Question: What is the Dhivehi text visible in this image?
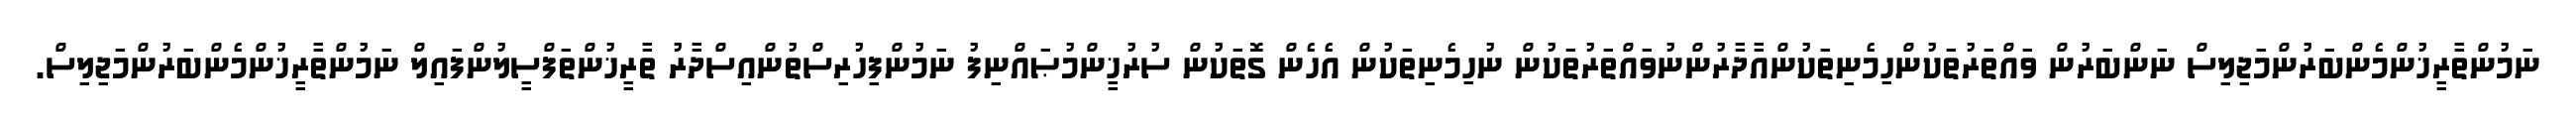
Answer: ނަމުންތާރީޚުންމެންބަރުންމަޖިލިސް ނަންބަރުން ވައްތަރުތަކުންހިމެނިތަކުންއާދާރުންނުވައްތަރުތަކުން ނުހިމެނިތަކުން އެހެން ގޮތަކުން ސުރުޚީންމުޞައްނިފު ނަމުންފިހުރިސްތުންއިސްދާރު ތާރީޚުންތަފްސީލުންފައިލް ނަމުންތާރީޚުންމެންބަރުންމަޖިލިސް.